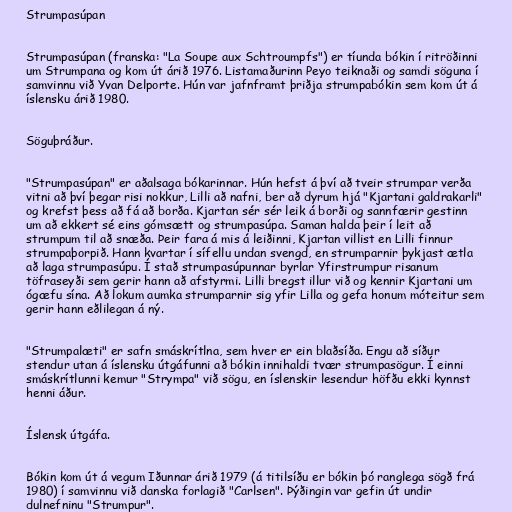
Strumpasúpan

Strumpasúpan (franska: "La Soupe aux Schtroumpfs") er tíunda bókin í ritröðinni
um Strumpana og kom út árið 1976. Listamaðurinn Peyo teiknaði og samdi söguna í
samvinnu við Yvan Delporte. Hún var jafnframt þriðja strumpabókin sem kom út á
íslensku árið 1980.

Söguþráður.

"Strumpasúpan" er aðalsaga bókarinnar. Hún hefst á því að tveir strumpar verða
vitni að því þegar risi nokkur, Lilli að nafni, ber að dyrum hjá "Kjartani galdrakarli"
og krefst þess að fá að borða. Kjartan sér sér leik á borði og sannfærir gestinn
um að ekkert sé eins gómsætt og strumpasúpa. Saman halda þeir í leit að
strumpum til að snæða. Þeir fara á mis á leiðinni, Kjartan villist en Lilli finnur
strumpaþorpið. Hann kvartar í sífellu undan svengd, en strumparnir þykjast ætla
að laga strumpasúpu. Í stað strumpasúpunnar byrlar Yfirstrumpur risanum
töfraseyði sem gerir hann að afstyrmi. Lilli bregst illur við og kennir Kjartani um
ógæfu sína. Að lokum aumka strumparnir sig yfir Lilla og gefa honum móteitur sem
gerir hann eðlilegan á ný.

"Strumpalæti" er safn smáskrítlna, sem hver er ein blaðsíða. Engu að síður
stendur utan á íslensku útgáfunni að bókin innihaldi tvær strumpasögur. Í einni
smáskrítlunni kemur "Strympa" við sögu, en íslenskir lesendur höfðu ekki kynnst
henni áður.

Íslensk útgáfa.

Bókin kom út á vegum Iðunnar árið 1979 (á titilsíðu er bókin þó ranglega sögð frá
1980) í samvinnu við danska forlagið "Carlsen". Þýðingin var gefin út undir
dulnefninu "Strumpur".